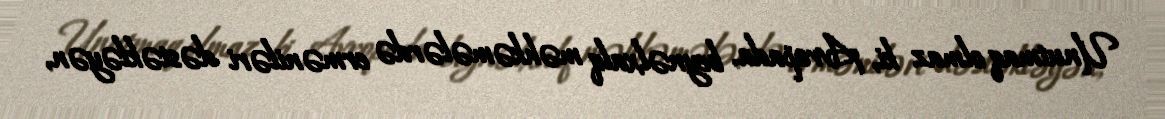
Unutmaq olmaz ki, Avropada, beynəlxalq məhkəmələrdə erməniləri dəstəkləyən,